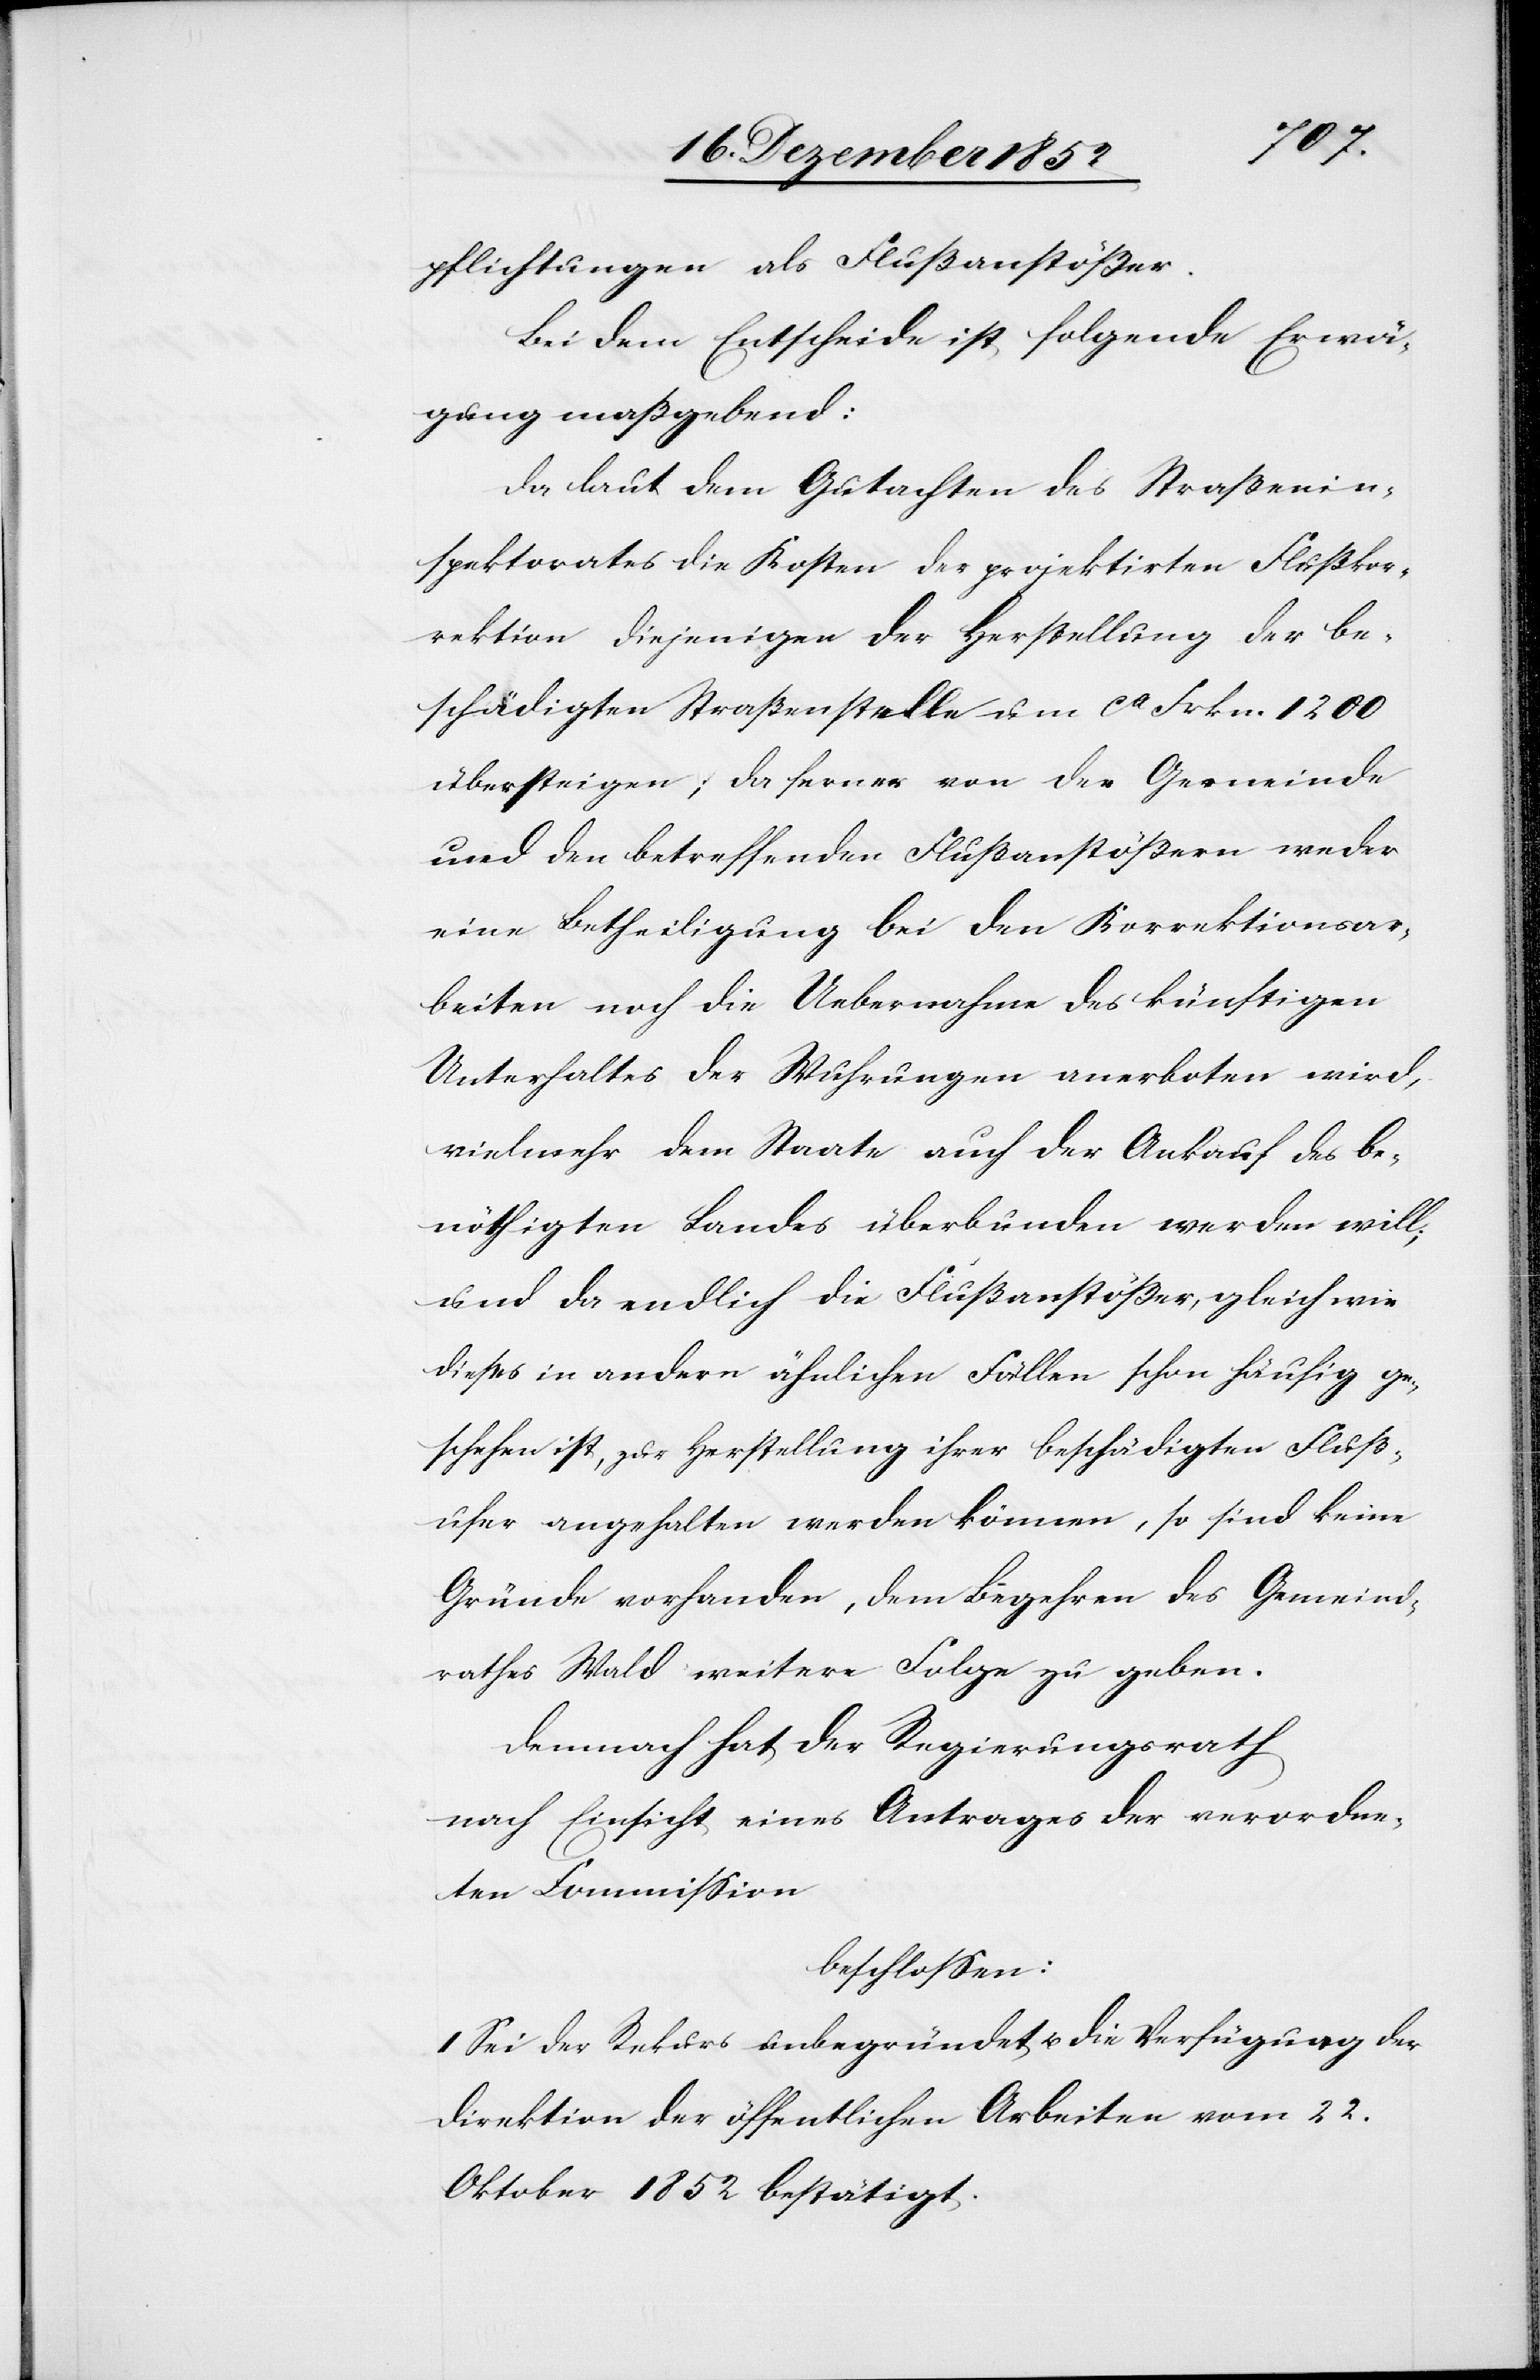
pflichtungen als Flußanstößer.
Bei dem Entscheide ist folgende Erwä¬
gung maßgebend:
Da laut dem Gutachten des Straßenin¬
spektorates die Kosten der projektirten Flußkor¬
rektion diejenigen der Herstellung der be¬
schädigten Straßenstelle um ca Frkn. 1200
übersteigen; da ferner von der Gemeinde
und den betreffenden Flußanstößern weder
eine Betheiligung bei den Korrektionsar¬
beiten noch die Uebernahme des künftigen
Unterhaltes der Wuhrungen anerboten wird,
vielmehr dem Staate auch der Ankauf des be¬
nöthigten Landes überbunden werden will;
und da endlich die Flußanstößer, gleich wie
dieses in andern ähnlichen Fällen schon häufig ge¬
schehen ist, zur Herstellung ihrer beschädigten Fluß¬
ufer angehalten werden können, so sind keine
Gründe vorhanden, dem Begehren des Gemeind¬
rathes Wald weitere Folge zu geben.
Demnach hat der Regierungsrath
nach Einsicht eines Antrages der verordne¬
ten Commission
beschlossen:
I Sei der Rekurs unbegründet u. die Verfügung der
Direktion der öffentlichen Arbeiten vom 22.
Oktober 1852 bestätigt.